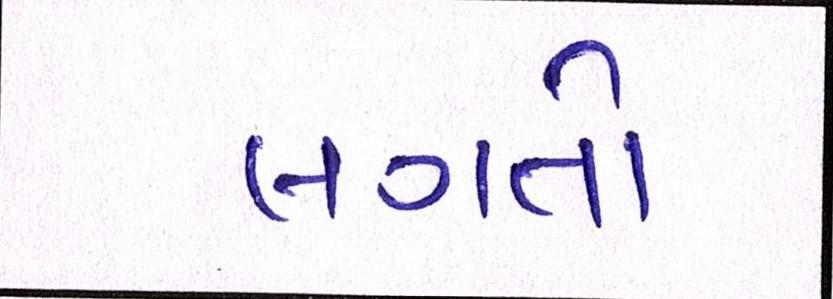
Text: લગતો